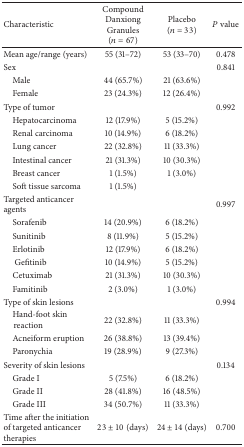
| Characteristic | Compound Danxiong Granules (n = 67) | Placebo (n = 33) | P value |
 | --- | --- | --- | --- |
 | Mean age/range (years) | 55 (31–72) | 53 (33–70) | 0.478 |
 | Sex |  |  | 0.841 |
 | Male | 44 (65.7%) | 21 (63.6%) |  |
 | Female | 23 (24.3%) | 12 (26.4%) |  |
 | Type of tumor |  |  | 0.992 |
 | Hepatocarcinoma | 12 (17.9%) | 5 (15.2%) |  |
 | Renal carcinoma | 10 (14.9%) | 6 (18.2%) |  |
 | Lung cancer | 22 (32.8%) | 11 (33.3%) |  |
 | Intestinal cancer | 21 (31.3%) | 10 (30.3%) |  |
 | Breast cancer | 1 (1.5%) | 1 (3.0%) |  |
 | Soft tissue sarcoma | 1 (1.5%) |  |  |
 | Targeted anticancer agents |  |  | 0.997 |
 | Sorafenib | 14 (20.9%) | 6 (18.2%) |  |
 | Sunitinib | 8 (11.9%) | 5 (15.2%) |  |
 | Erlotinib | 12 (17.9%) | 6 (18.2%) |  |
 | Gefitinib | 10 (14.9%) | 5 (15.2%) |  |
 | Cetuximab | 21 (31.3%) | 10 (30.3%) |  |
 | Famitinib | 2 (3.0%) | 1 (3.0%) |  |
 | Type of skin lesions |  |  | 0.994 |
 | Hand-foot skin reaction | 22 (32.8%) | 11 (33.3%) |  |
 | Acneiform eruption | 26 (38.8%) | 13 (39.4%) |  |
 | Paronychia | 19 (28.9%) | 9 (27.3%) |  |
 | Severity of skin lesions |  |  | 0.134 |
 | Grade I | 5 (7.5%) | 6 (18.2%) |  |
 | Grade II | 28 (41.8%) | 16 (48.5%) |  |
 | Grade III | 34 (50.7%) | 11 (33.3%) |  |
 | Time after the initiation of targeted anticancer therapies | 23 ± 10 (days) | 24 ± 14 (days) | 0.700 |